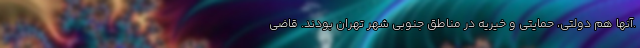
.آنها هم دولتی، حمایتی و خیریه در مناطق جنوبی شهر تهران بودند. قاضی